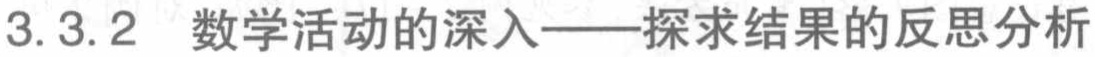
3.3.2 数学活动的深入——探求结果的反思分析